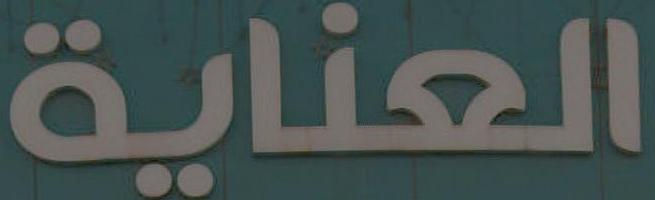
العناية